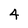
Character: 4